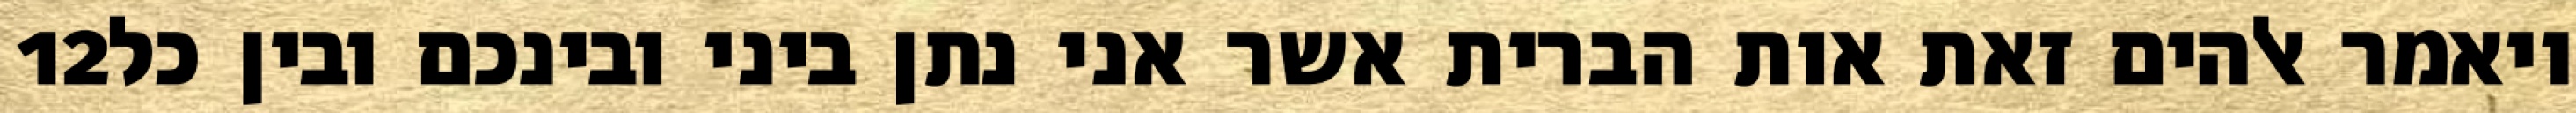
‎12‏ ויאמר אלהים זאת אות הברית אשר אני נתן ביני ובינכם ובין כל